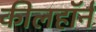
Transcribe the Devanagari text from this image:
कीलहॉर्न